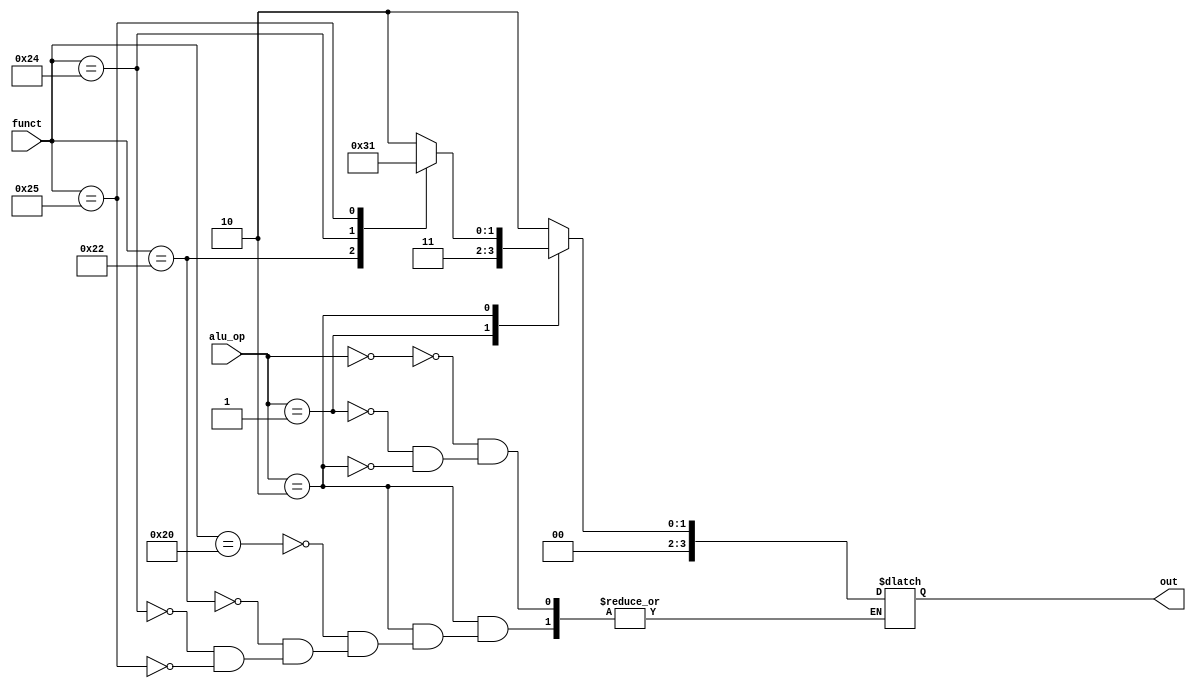
module alu_control(alu_op, funct, out);

input [1:0] alu_op;
input [5:0] funct;
output reg [3:0] out;

always @(*)
begin
case(alu_op)
	2'b00:out = 4'b0010;
	2'b01:out = 4'b0011;
	2'b10:	case(funct)
						6'b100000:out = 4'b0010;
						6'b100010:out = 4'b0011;
						6'b100100:out = 4'b0000;
						6'b100101:out = 4'b0001;
					endcase
endcase
end

endmodule